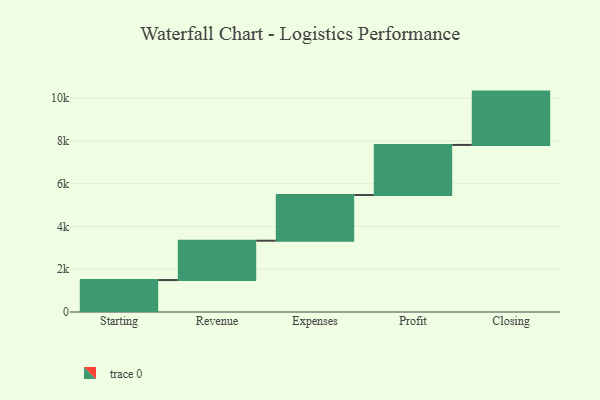
{"axis": {"x": "Step", "y": "Value"}, "legend": [""], "data": [{"x": "Starting", "y": 1494.0, "type": ""}, {"x": "Revenue", "y": 1841.0, "type": ""}, {"x": "Expenses", "y": 2136.0, "type": ""}, {"x": "Profit", "y": 2343.0, "type": ""}, {"x": "Closing", "y": 2495.0, "type": ""}]}